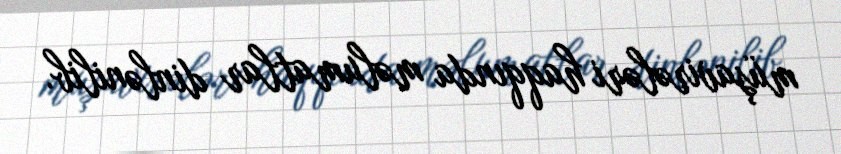
müşavirələri haqqında məlumatlar dinlənilib.